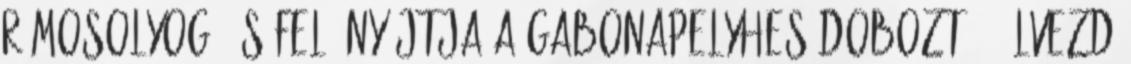
rámosolyog, és felé nyújtja a gabonapelyhes dobozt. – Élvezd